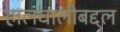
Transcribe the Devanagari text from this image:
हालचालीबद्दल